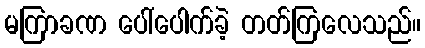
မကြာခဏ ပေါ်ပေါက်ခဲ့ တတ်ကြလေသည်။